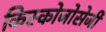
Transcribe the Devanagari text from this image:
किस्कोजोसेजी